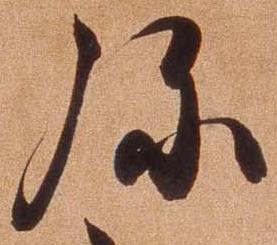
弥